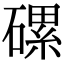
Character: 磥